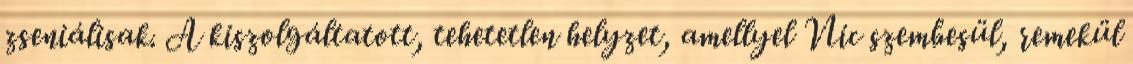
zseniálisak. A kiszolgáltatott, tehetetlen helyzet, amellyel Nic szembesül, remekül